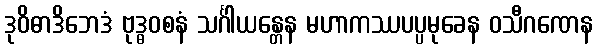
ဒုဝိဓာဒိဘေဒံ ဗုဒ္ဓဝစနံ သင်္ဂါယန္တေန မဟာကဿပပ္ပမုခေန ဝသီဂဏေန